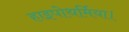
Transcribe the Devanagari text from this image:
हाइपोथर्मिया।